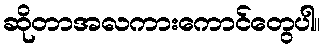
ဆိုတာအလကားကောင်တွေပါ။